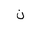
Letter: _non